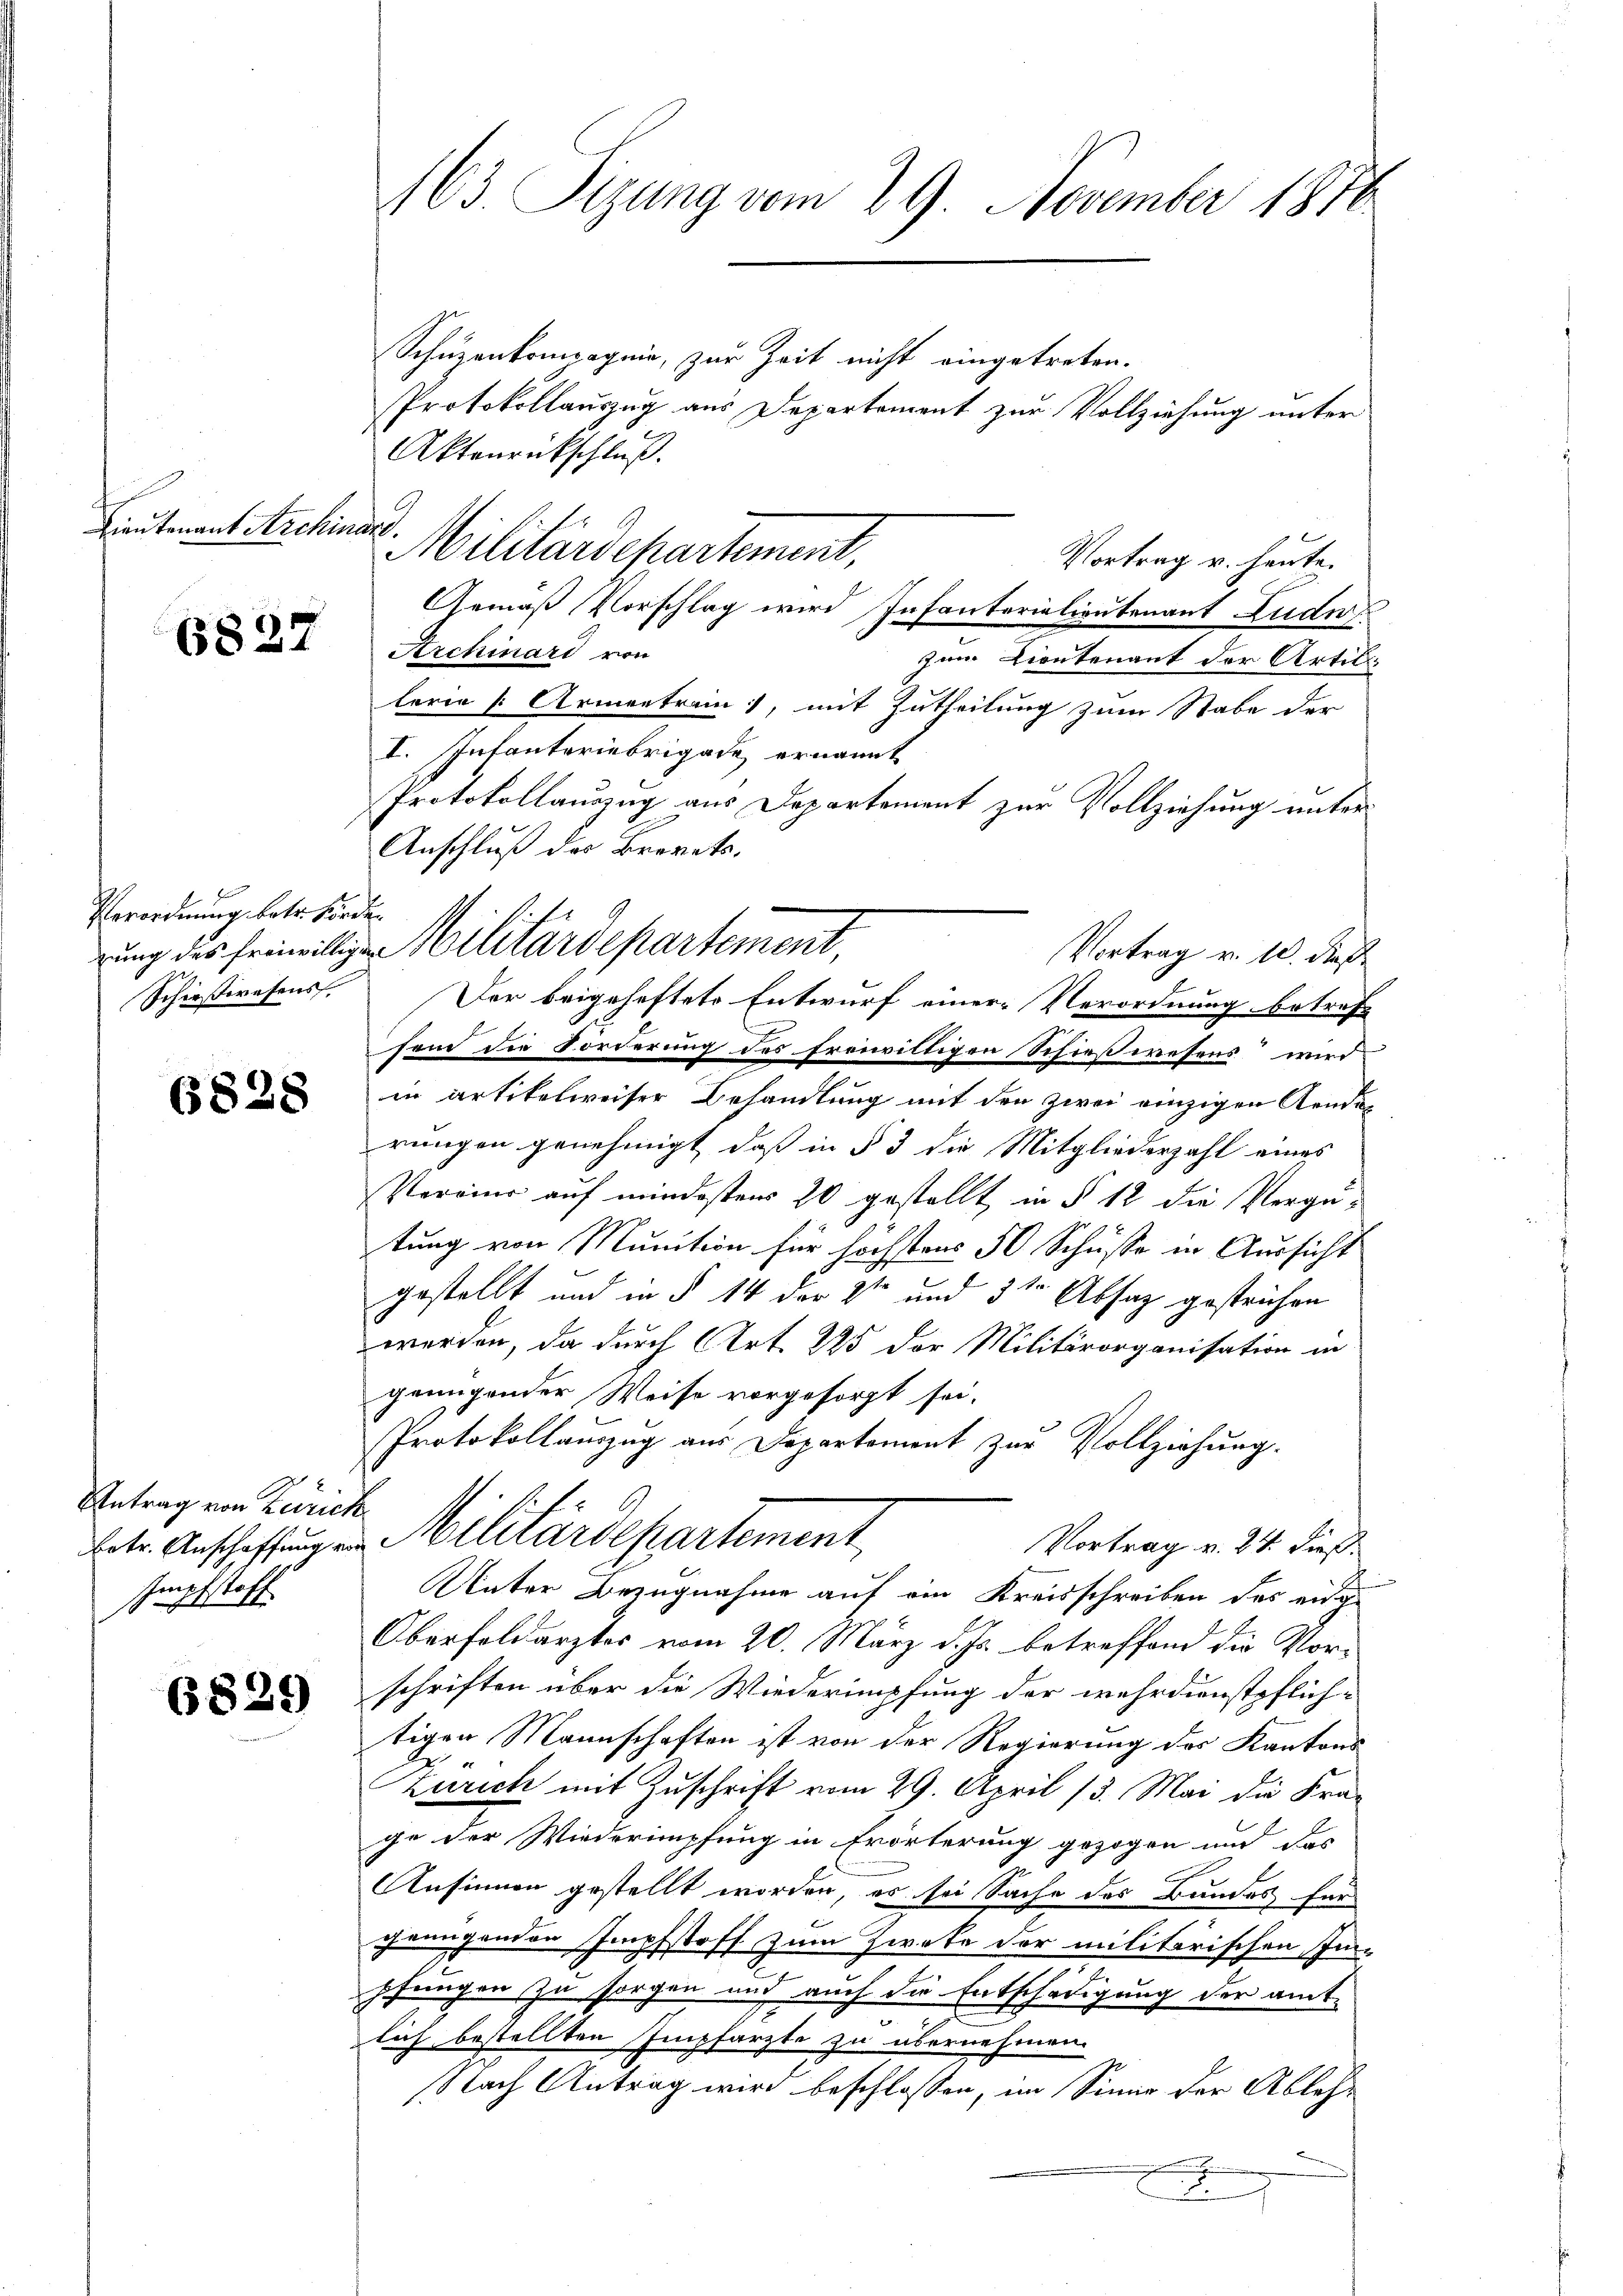
Lieutenant Archivare

6827

Verordnung betr. Förden
Schießwesens,

6828

Antrag von Zürich
sre
s. gestoff

6829

163. Sizung vom 29. November 1810.

Schüzenkompagnie, zur Zeit nicht eingetreten.
Protokollauszug aus Departement zur Vollziehung unter
Aktenrückschluß.
Vortrag u. heute.
Gemäß Vorschlag wird Infanterialientenant Ludu
Archiard von
zum Lieutenant der Artil
lerie [ Armentrain, mit Zutheilung zum Stabe der
I. Infanteriebrigade ernannt
Protokollauszug aus Departement zur Vollziehung unter
Anschluß des Brevets.
Vortrag v. 10. dieß
Der beigeheftete Entwurf einer Verordnung betreff
sem die Forderung des freiwiltigen Schießwesens wird
in artikelweiser Behandlung mit den zwei einzigen Aenderungen genehmigt, daß in § 3 die Mitgliederzahl eines
Peraine auf mindestens 20 gestellt in § 12 die Verge-
tung von Munition für höchstens 50 Schüsse in Aussicht
gestellt und in § 14 der Vor und 3ten Absatz gestrichen
werden, da durch Art. 225 der Militärorganisation in
genügender Weise vorgesorgt sei.
Protokollauszug aus Departement zur Vollziehŭng.
.
betr. Anschaffung in Militärdepartement
Vortrag v. 24. dieß.
Unter Bezugnahme auf ein Kreisschreiben des einge
Oberfoldarztes vom 20. März d. Js. betreffend die Vorschriften über die Wiederumpfung der wehrdunstpflich-
tigen Mannschaften ist von der Regierung des Kantons
.
Zürich mit Zuschrift vom 29. April 13. Mai die Frage der Wiederimpfung in Erörterung gezogen und das
Ansinnen gestellt worden, es sei Sache des Bandes für
genügenden Impfstoff zum Zwete der militärischen Im-
pfungen zu sorgen und auch die Entschädigung der amt-
lach bestellten Empfarzte zu übernehmen.
Nach Antrag wird beschlossen, im Sinne der Ablehn

Militärdepartement,

rung des freiwilligen Militärdepartement